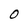
Character: O